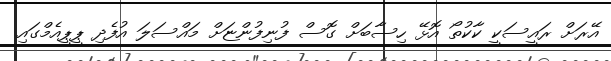
އޭރަށް ރައީސަކީ ކާކުތޯ އޮޅޭ ހިސާބަށް ގޮސް ފުނިފުންޏަށް މައްސަލަ އުފެދި ޕީޕީއެމްގައި